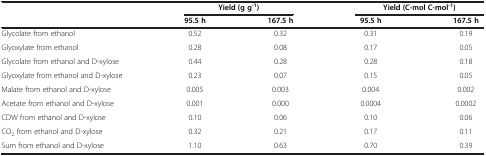
| <ROWSPAN=2>  | <COLSPAN=2> Yield (g g-1) | <COLSPAN=2> Yield (C-mol C-mol-1) |
 | 95.5 h | 167.5 h | 95.5 h | 167.5 h |
 | --- | --- | --- | --- | --- |
 | Glycolate from ethanol | 0.52 | 0.32 | 0.31 | 0.19 |
 | Glyoxylate from ethanol | 0.28 | 0.08 | 0.17 | 0.05 |
 | Glycolate from ethanol and d-xylose | 0.44 | 0.28 | 0.28 | 0.18 |
 | Glyoxylate from ethanol and d-xylose | 0.23 | 0.07 | 0.15 | 0.05 |
 | Malate from ethanol and d-xylose | 0.005 | 0.003 | 0.004 | 0.002 |
 | Acetate from ethanol and d-xylose | 0.001 | 0.000 | 0.0004 | 0.0002 |
 | CDW from ethanol and d-xylose | 0.10 | 0.06 | 0.10 | 0.06 |
 | CO2 from ethanol and d-xylose | 0.32 | 0.21 | 0.17 | 0.11 |
 | Sum from ethanol and d-xylose | 1.10 | 0.63 | 0.70 | 0.39 |